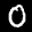
Label: 0